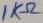
Text: 1KΩ